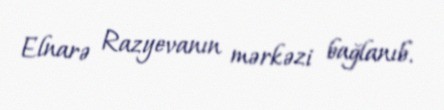
Elnarə Razyevanın mərkəzi bağlanıb.